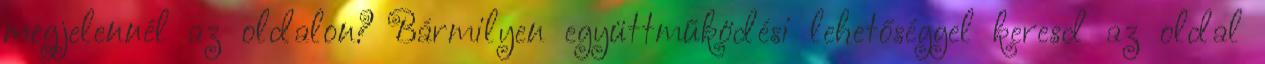
megjelennél az oldalon? Bármilyen együttműködési lehetőséggel keresd az oldal